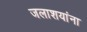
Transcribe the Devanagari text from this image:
जलाशयांना